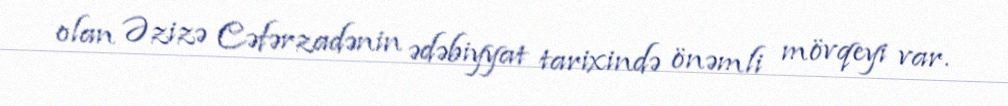
olan Əzizə Cəfərzadənin ədəbiyyat tarixində önəmli mövqeyi var.